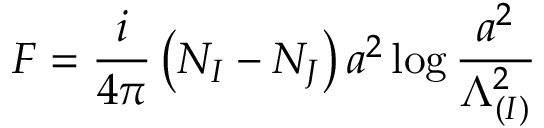
{ \cal F } = \frac { i } { 4 \pi } \left( N _ { I } - N _ { J } \right) a ^ { 2 } \log \frac { a ^ { 2 } } { \Lambda _ { ( I ) } ^ { 2 } }